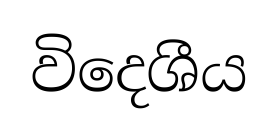
විදෙශීය